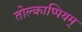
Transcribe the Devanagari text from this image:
तोल्काप्पियम्